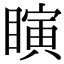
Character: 瞚